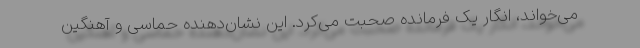
می‌خواند، انگار یک فرمانده صحبت می‌کرد. این نشان‌دهنده حماسی و آهنگین